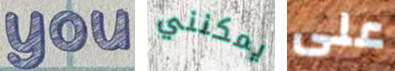
you يمكنني على